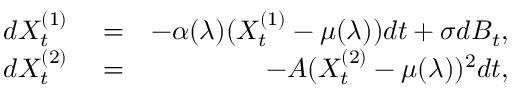
\begin{array} { r l r } { d X _ { t } ^ { ( 1 ) } } & { { } = } & { - \alpha ( \lambda ) ( X _ { t } ^ { ( 1 ) } - \mu ( \lambda ) ) d t + \sigma d B _ { t } , } \\ { d X _ { t } ^ { ( 2 ) } } & { { } = } & { - A ( X _ { t } ^ { ( 2 ) } - \mu ( \lambda ) ) ^ { 2 } d t , } \end{array}